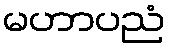
မဟာပညံ